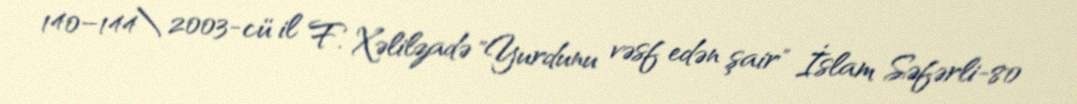
140–144\ 2003-cü il F. Xəlilzadə "Yurdunu vəsf edən şair" İslam Səfərli-80